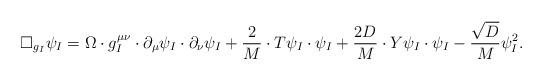
LaTeX: \begin{align*}\Box_{g_I} \psi_I = \Omega \cdot g^{\mu \nu}_I \cdot \partial_{\mu} \psi_I \cdot \partial_{\nu} \psi_I + \frac{2}{M}\cdot T\psi_I \cdot \psi_I + \frac{2D}{M} \cdot Y\psi_I \cdot \psi_I - \frac{\sqrt{D}}{M} \psi_I^2 . \end{align*}